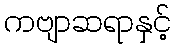
ကဗျာဆရာနှင့်